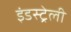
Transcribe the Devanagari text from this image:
इंडस्ट्रेली